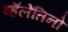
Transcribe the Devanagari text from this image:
व्हॅलेंतिनो